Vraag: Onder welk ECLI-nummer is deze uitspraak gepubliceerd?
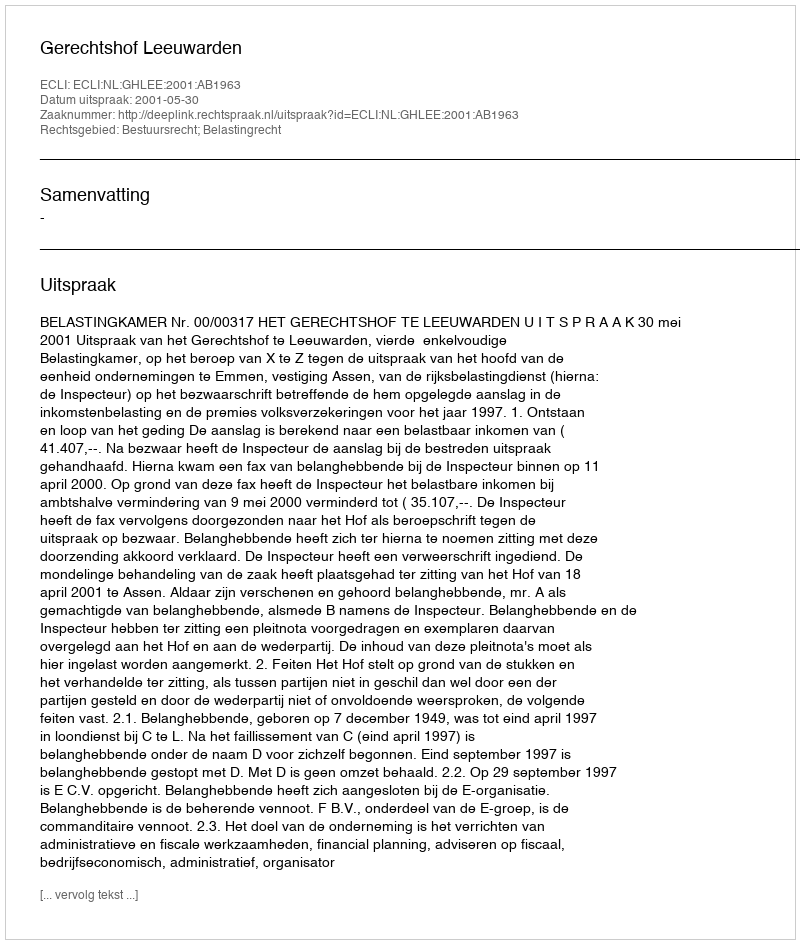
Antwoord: ECLI:NL:GHLEE:2001:AB1963